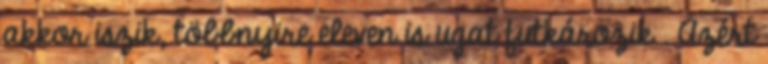
akkor iszik, többnyire eleven is ugat futkározik . Azért